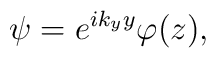
\psi =e^{ik_{y}y}\varphi (z),